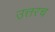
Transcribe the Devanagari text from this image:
उत्तरच